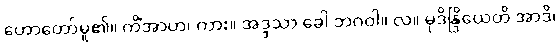
ဟောတော်မူ၏။ ကိံအာဟ၊ ကား။ အဒ္ဒသာ ခေါ ဘဂဝါ။ လ။ မုဒိန္ဒြိယေတိ အာဒိ၊